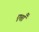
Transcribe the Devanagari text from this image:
एताँ